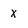
Character: x